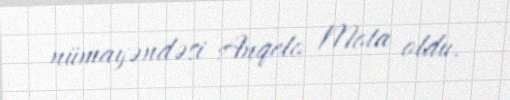
nümayəndəsi Anqelo Mota oldu.